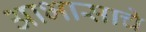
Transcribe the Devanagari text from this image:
आभासाचे